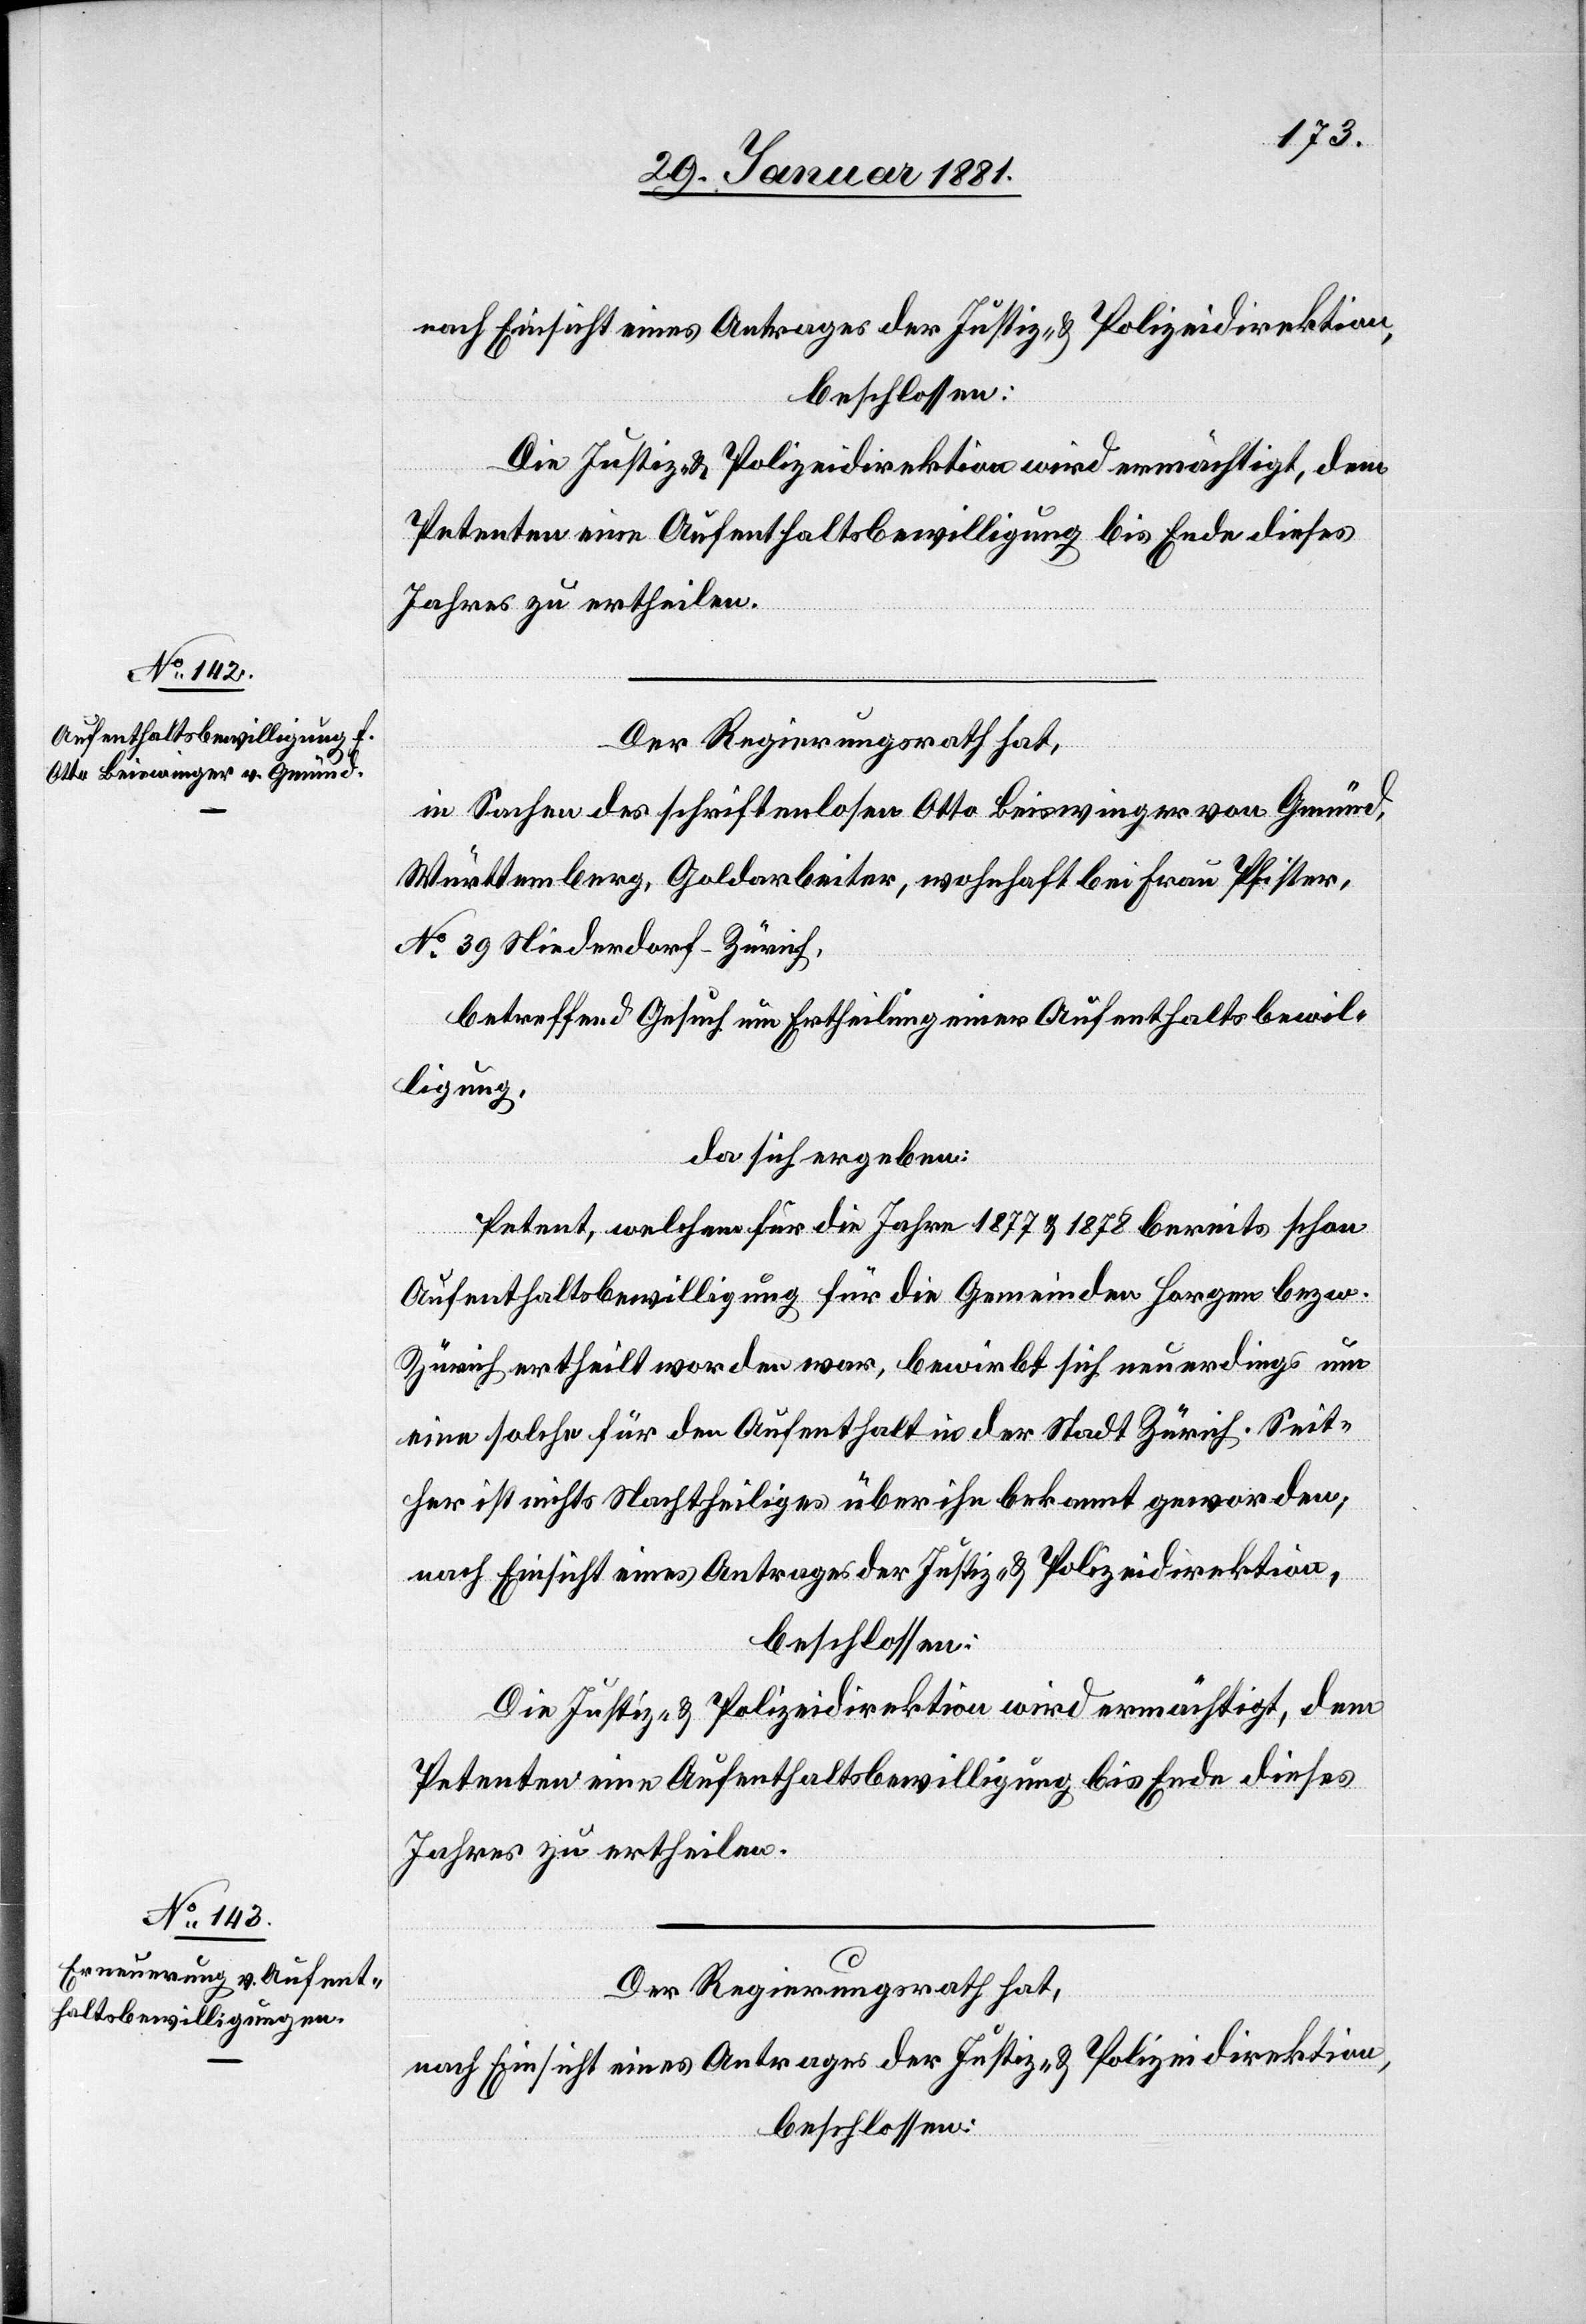
Petenten eine Aufenthaltsbewilligung bis Ende dieses
Jahres zu ertheilen.
Der Regierungsrath hat,
in Sachen des schriftenlosen Otto Beiswinger von Gmünd,
Württemberg, Goldarbeiter, wohnhaft bei Frau Pfister,
No 39 Niederdorf - Zürich,
betreffend Gesuch um Ertheilung einer Aufenthaltsbewil¬
ligung,
da sich ergeben:
Petent, welchem für die Jahre 1877 & 1878 bereits schon
Aufenthaltsbewilligung für die Gemeinden Horgen bezw.
Zürich ertheilt worden war, bewirbt sich neuerdings um
eine solche für den Aufenthalt in der Stadt Zürich. Seit¬
her ist nichts Nachtheiliges über ihn bekannt geworden;
nach Einsicht eines Antrages der Justiz- & Polizeidirektion,
beschlossen:
Die Justiz- & Polizeidirektion wird ermächtigt, dem
Petenten eine Aufenthaltsbewilligung bis Ende dieses
Jahres zu ertheilen.
Der Regierungsrath hat,
nach Einsicht eines Antrages der Justiz- & Polizeidirektion,
beschlossen: